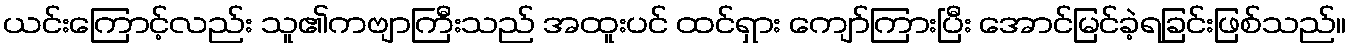
ယင်းကြောင့်လည်း သူ၏ကဗျာကြီးသည် အထူးပင် ထင်ရှား ကျော်ကြားပြီး အောင်မြင်ခဲ့ရခြင်းဖြစ်သည်။